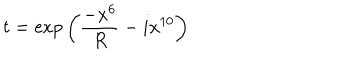
LaTeX: t = \exp { \left( \frac { - x ^ { 6 } } { R } - i x ^ { 1 0 } \right) }